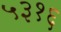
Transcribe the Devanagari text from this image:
५३१६